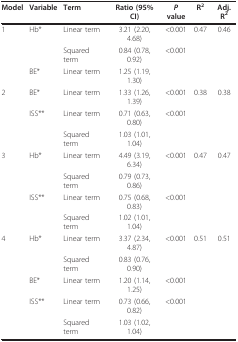
<table><thead><tr><td><b>Model</b></td><td><b>Variable</b></td><td><b>Term</b></td><td><b>Ratio (95% CI)</b></td><td><b><i>P </i>value</b></td><td><b>R<sup>2</sup></b></td><td><b>Adj. R<sup>2</sup></b></td></tr></thead><tbody><tr><td>1</td><td>Hb*</td><td>Linear term</td><td>3.21 (2.20, 4.68)</td><td>&lt;0.001</td><td>0.47</td><td>0.46</td></tr><tr><td></td><td></td><td>Squared term</td><td>0.84 (0.78, 0.92)</td><td>&lt;0.001</td><td></td><td></td></tr><tr><td></td><td>BE*</td><td>Linear term</td><td>1.25 (1.19, 1.30)</td><td></td><td></td><td></td></tr><tr><td>2</td><td>BE*</td><td>Linear term</td><td>1.33 (1.26, 1.39)</td><td>&lt;0.001</td><td>0.38</td><td>0.38</td></tr><tr><td></td><td>ISS**</td><td>Linear term</td><td>0.71 (0.63, 0.80)</td><td>&lt;0.001</td><td></td><td></td></tr><tr><td></td><td></td><td>Squared term</td><td>1.03 (1.01, 1.04)</td><td></td><td></td><td></td></tr><tr><td>3</td><td>Hb*</td><td>Linear term</td><td>4.49 (3.19, 6.34)</td><td>&lt;0.001</td><td>0.47</td><td>0.47</td></tr><tr><td></td><td></td><td>Squared term</td><td>0.79 (0.73, 0.86)</td><td></td><td></td><td></td></tr><tr><td></td><td>ISS**</td><td>Linear term</td><td>0.75 (0.68, 0.83)</td><td>&lt;0.001</td><td></td><td></td></tr><tr><td></td><td></td><td>Squared term</td><td>1.02 (1.01, 1.04)</td><td></td><td></td><td></td></tr><tr><td>4</td><td>Hb*</td><td>Linear term</td><td>3.37 (2.34, 4.87)</td><td>&lt;0.001</td><td>0.51</td><td>0.51</td></tr><tr><td></td><td></td><td>Squared term</td><td>0.83 (0.76, 0.90)</td><td></td><td></td><td></td></tr><tr><td></td><td>BE*</td><td>Linear term</td><td>1.20 (1.14, 1.25)</td><td>&lt;0.001</td><td></td><td></td></tr><tr><td></td><td>ISS**</td><td>Linear term</td><td>0.73 (0.66, 0.82)</td><td>&lt;0.001</td><td></td><td></td></tr><tr><td></td><td></td><td>Squared term</td><td>1.03 (1.02, 1.04)</td><td></td><td></td><td></td></tr></tbody></table>